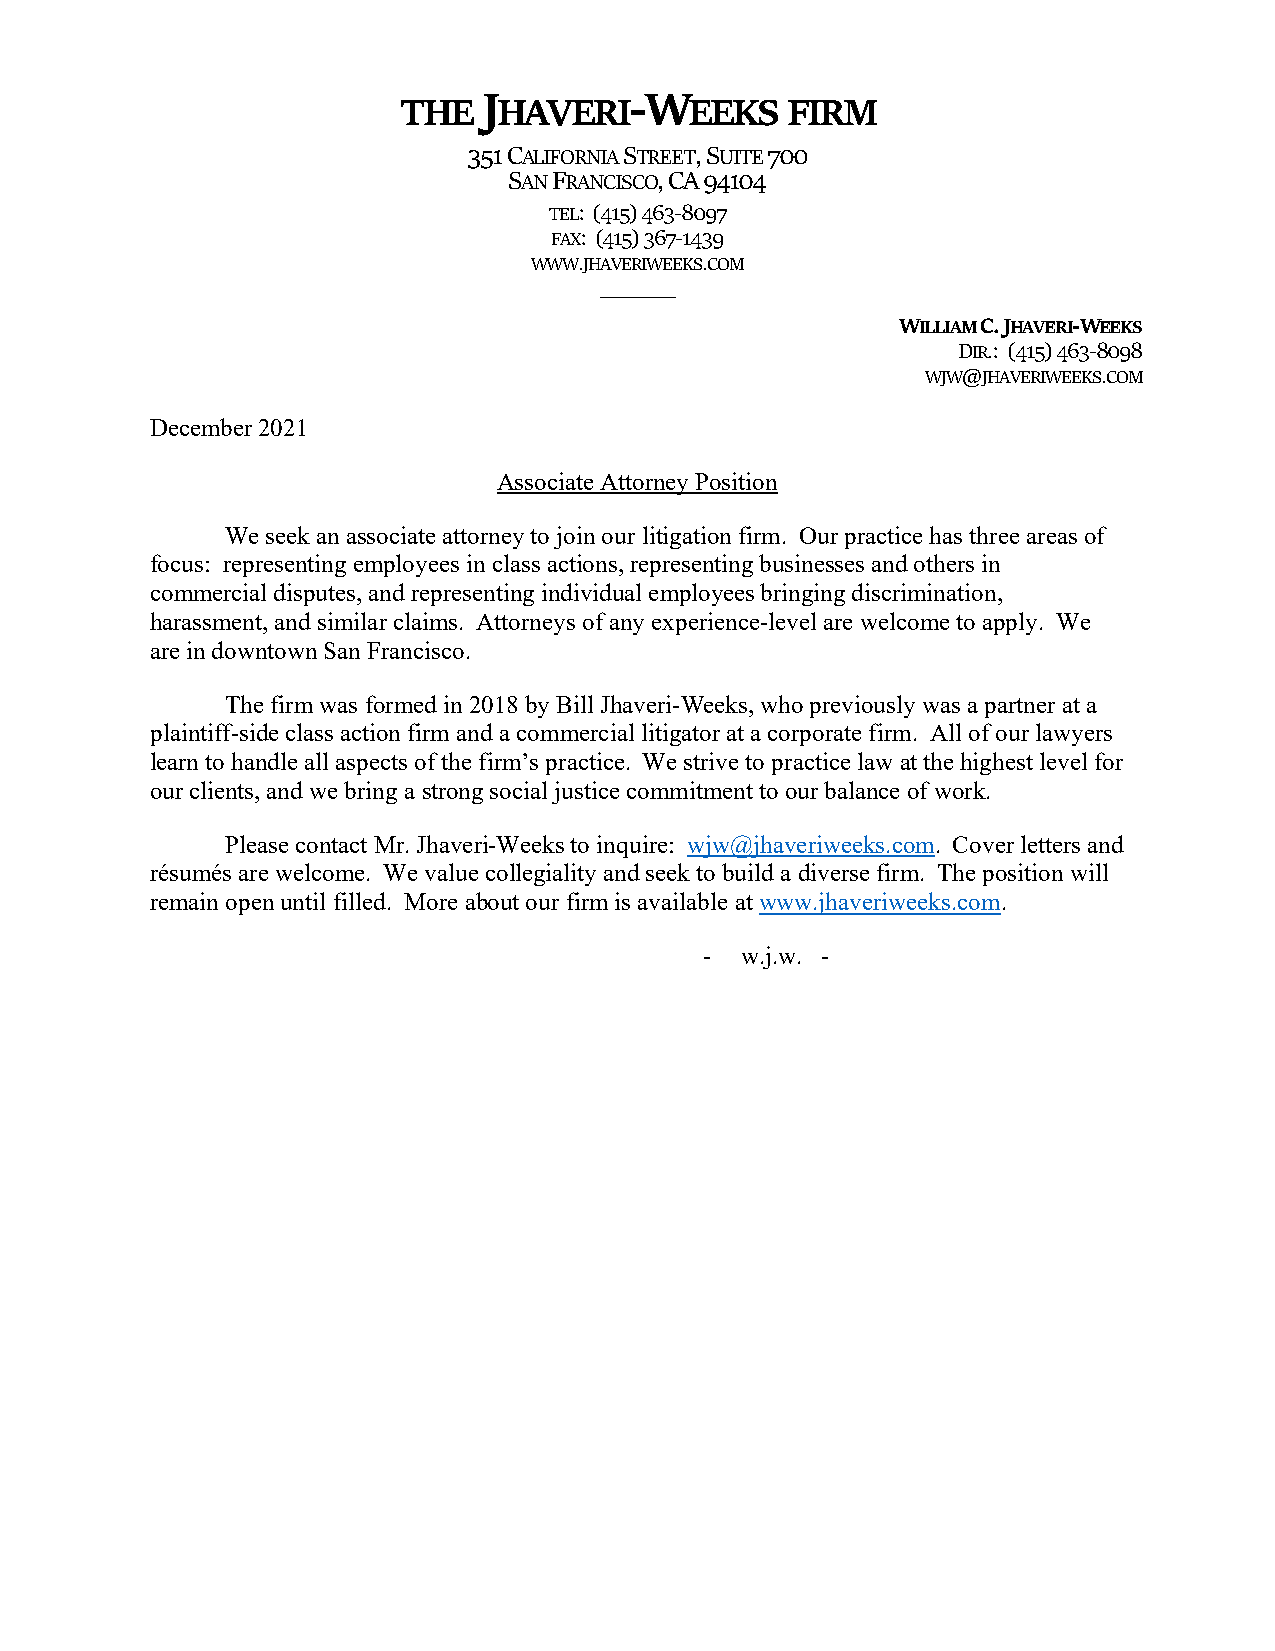
J         ‐W
 THE    HAVERI       EEKS  FIRM
 351 CALIFORNIA STREET, SUITE 700
 SAN FRANCISCO, CA 94104
 TEL: (415) 463‐8097
 FAX: (415) 367‐1439
 WWW.JHAVERIWEEKS.COM
 _______
 WILLIAM C. JHAVERI‐WEEKS
 DIR.: (415) 463‐8098
 WJW@JHAVERIWEEKS.COM
 December 2021
 Associate Attorney Position
 We seek an associate attorney to join our litigation firm. Our practice has three areas of
 focus: representing employees in class actions, representing businesses and others in
 commercial disputes, and representing individual employees bringing discrimination,
 harassment, and similar claims. Attorneys of any experience-level are welcome to apply. We
 are in downtown San Francisco.
 The firm was formed in 2018 by Bill Jhaveri-Weeks, who previously was a partner at a
 plaintiff-side class action firm and a commercial litigator at a corporate firm. All of our lawyers
 learn to handle all aspects of the firm’s practice. We strive to practice law at the highest level for
 our clients, and we bring a strong social justice commitment to our balance of work.
 Please contact Mr. Jhaveri-Weeks to inquire: wjw@jhaveriweeks.com. Cover letters and
 résumés are welcome. We value collegiality and seek to build a diverse firm. The position will
 remain open until filled. More about our firm is available at www.jhaveriweeks.com.
 - w.j.w. -